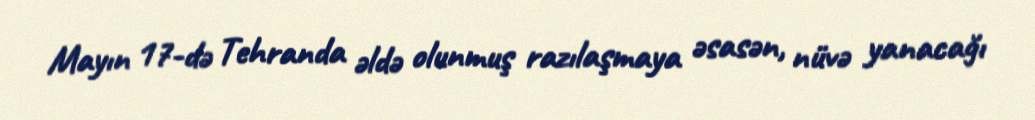
Mayın 17-də Tehranda əldə olunmuş razılaşmaya əsasən, nüvə yanacağı